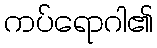
ကပ်ရောဂါ၏